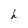
Character: h